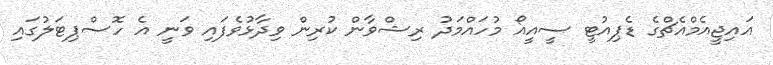
އައިޖީއެމްއެޗްގެ ޑެޕިއުޓީ ސީއީއޯ މުހައްމަދު ރިޝްވާން ކުރިން ވިދާޅުވެފައި ވަނީ އެ ހޮސްޕިޓަލުގައި